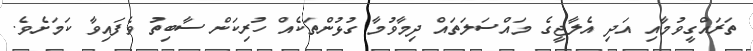
ތަރައްގީވުމާއި އަދި އެލާޖީގެ މައްސަލަތައް ދިމާވުމާ ގުޅުންތަކެއް ހުރިކަން ސާބިތު ވެފައިވާ ކަމަށެވެ.